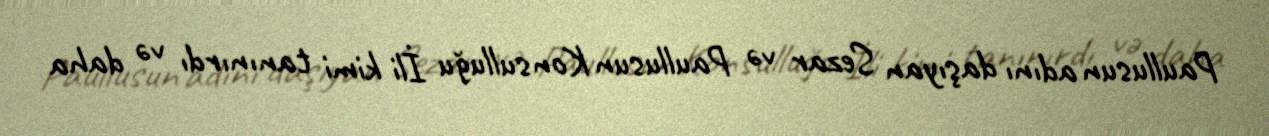
Paullusun adını daşıyan Sezar və Paullusun Konsulluğu İli kimi tanınırdı və daha